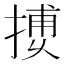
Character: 𢱿